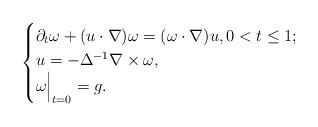
LaTeX: \begin{align*} \begin{cases} \partial_t \omega + (u\cdot \nabla)\omega=(\omega\cdot \nabla)u, 0<t\le 1; \\ u=-\Delta^{-1} \nabla \times \omega, \\ \omega \Bigr|_{t=0}=g. \end{cases}\end{align*}